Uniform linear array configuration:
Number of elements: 24
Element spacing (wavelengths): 0.5
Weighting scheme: exponential
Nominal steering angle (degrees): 30
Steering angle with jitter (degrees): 31.585
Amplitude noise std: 0.05
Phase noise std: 0.05

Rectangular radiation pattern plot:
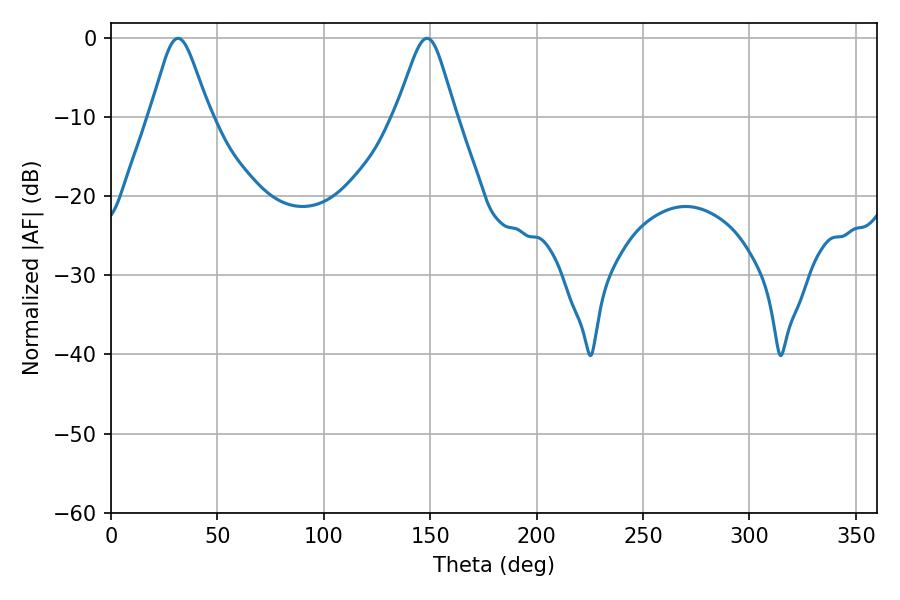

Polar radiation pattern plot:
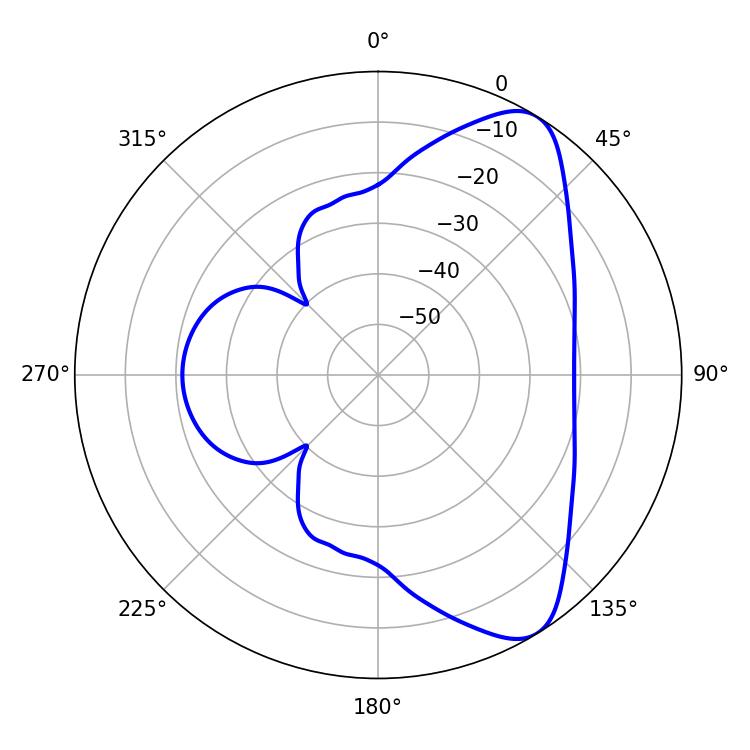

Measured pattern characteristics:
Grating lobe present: FALSE
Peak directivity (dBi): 8.089
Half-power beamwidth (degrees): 13.5
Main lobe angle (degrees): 31.5